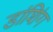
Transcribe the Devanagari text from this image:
डांशिंग